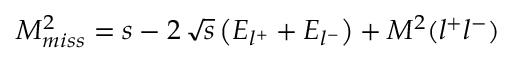
M _ { m i s s } ^ { 2 } = s - 2 \, \sqrt { s } \left( E _ { l ^ { + } } + E _ { l ^ { - } } \right) + M ^ { 2 } ( l ^ { + } l ^ { - } )